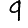
Digit: 9